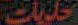
حالات